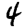
Digit: 4